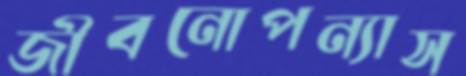
জীবনোপন্যাস